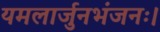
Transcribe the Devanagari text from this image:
यमलार्जुनभंजनः।